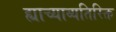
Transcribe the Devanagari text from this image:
ह्याच्याव्यतिरिक्त